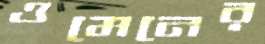
ওমেনের